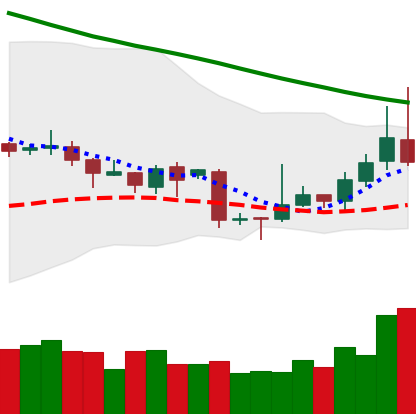
Ticker: TRX-USD
Chart end date: 2018-11-07
Forward return: -5.481%
Label: down_5_7